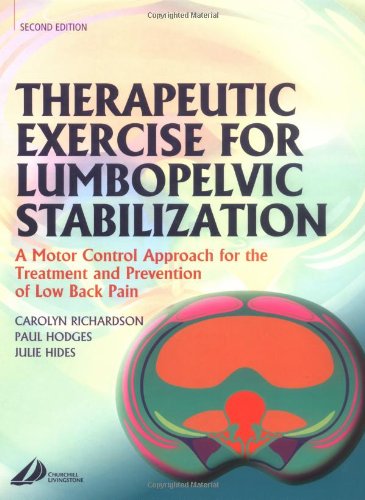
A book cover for Therapeutic Exercise for Lumbopelvic Stabilization: A Motor Control Approach for the Treatment and Prevention of Low Back Pain, 2e; Carolyn Richardson PhD  BPhty(Hons); Medical Books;